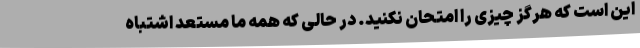
این است که هرگز چیزی را امتحان نکنید. در حالی که همه ما مستعد اشتباه